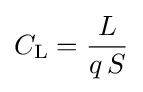
C_{\mathrm {L} }={\frac {L}{q\,S}}